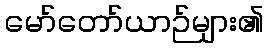
မော်တော်ယာဉ်များ၏